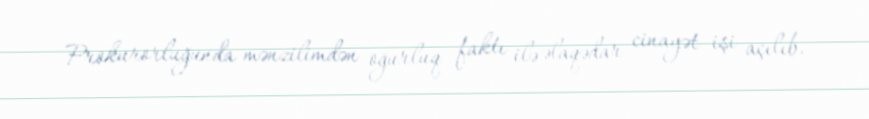
Prokurorluğunda mənzilimdən oğurluq faktı ilə əlaqədar cinayət işi açılıb.